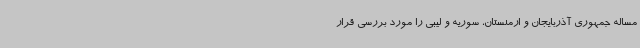
مساله جمهوری آذربایجان و ارمنستان، سوریه و لیبی را مورد بررسی قرار